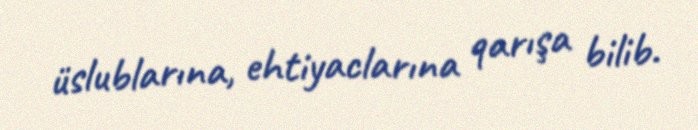
üslublarına, ehtiyaclarına qarışa bilib.